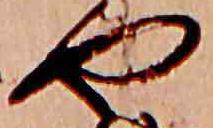
や